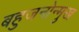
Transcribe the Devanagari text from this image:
बहुजनोन्मुख